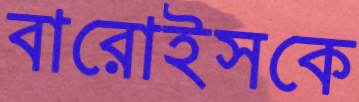
বারোইসকে